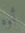
أوه